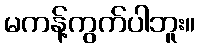
မကန့်ကွက်ပါဘူး။